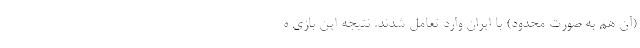
(‌آن هم به صورت محدود) با ایران وارد تعامل شدند. نتیجه این بازی ه